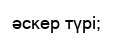
әскер түрі;